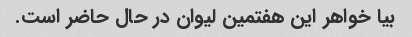
بیا خواهر این هفتمین لیوان در حال حاضر است.